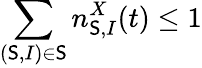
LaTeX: \sum_{(\mathsf{S},I)\in\mathbb{{\mathsf{S}}}}n_{\mathsf{S},I}^{X}(t)\leq1